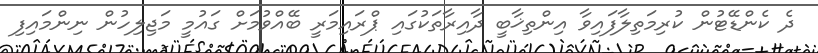
ދެ ކެންޑޭޓުން ކުރިމަތިލާފައިވާ އިންތިޚާބީ ދާއިރާތަކުގައި ޕްރައިމަރީ ބޭއްވުމަށް ގައުމީ މަޖިލިހުން ނިންމައިފި